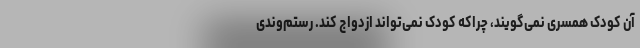
آن کودک همسری نمی‌گویند، چراکه کودک نمی‌تواند ازدواج کند. رستم‌وندی